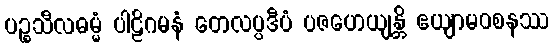
ပဉ္စသီလဓမ္မံ ပါဠိဂမနံ တေလပ္ပဒီပံ ပဇဟေယျန္တိ ဧယျာမဝစနဿ